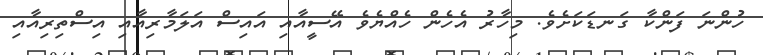
ހުންނަ ފަންކާ ގަނޑަކަށެވެ. މިހާރު އެހެން ހެއްޔެވެ އޭސީއާއި އައިސް އަލަމާރިއާއި އިސްތިރިއާއި